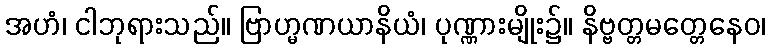
အဟံ၊ ငါဘုရားသည်။ ဗြာဟ္မဏယာနိယံ၊ ပုဏ္ဏားမျိုး၌။ နိဗ္ဗတ္တမတ္တေနေဝ၊